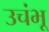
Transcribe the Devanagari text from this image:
उचंभू